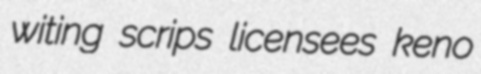
witing scrips licensees keno